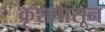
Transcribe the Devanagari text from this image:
कृशपासून